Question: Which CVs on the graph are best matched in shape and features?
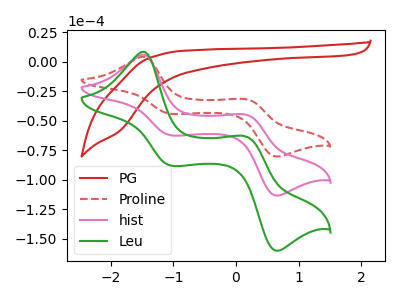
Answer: <think>The red curve "PG" has no peaks. The red dashed curve "Proline" has anodic peaks at (-1.50V, 4.25uA) (0.15V, -31.80uA) and cathodic peaks at (-1.05V, -44.15uA) (0.65V, -80.30uA). The pink curve "hist" has anodic peaks at (-1.50V, 6.00uA) (0.15V, -44.90uA) and cathodic peaks at (-1.05V, -62.35uA) (0.65V, -113.35uA). The green curve "Leu" has anodic peaks at (-1.50V, 11.95uA) (0.15V, -89.80uA) and cathodic peaks at (-1.05V, -124.70uA) (0.65V, -226.75uA).
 "PG" and "Proline" have a different number of peaks. "PG" and "hist" have a different number of peaks. "PG" and "Leu" have a different number of peaks. All the peaks in "Proline" have a peak in "hist" at the same potential. All the peaks in "Proline" have a peak in "Leu" at the same potential. All the peaks in "hist" have a peak in "Leu" at the same potential.</think>
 <answer>"Proline", "hist" and "Leu" have the same shape and are likely CV's of the same chemical.</answer>
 <eval>"Proline" "hist" "Leu"</eval>